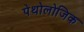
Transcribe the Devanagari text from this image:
पेथोलोजिक